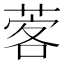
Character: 𦴦